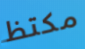
مكتظ